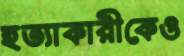
হত্যাকারীকেও